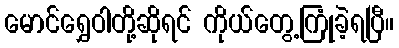
မောင်ရွှေဝါတို့ဆိုရင် ကိုယ်တွေ့ကြုံခဲ့ရပြီ။